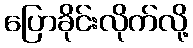
ပြောခိုင်းလိုက်လို့